Leaving Certificate Examination, 1915
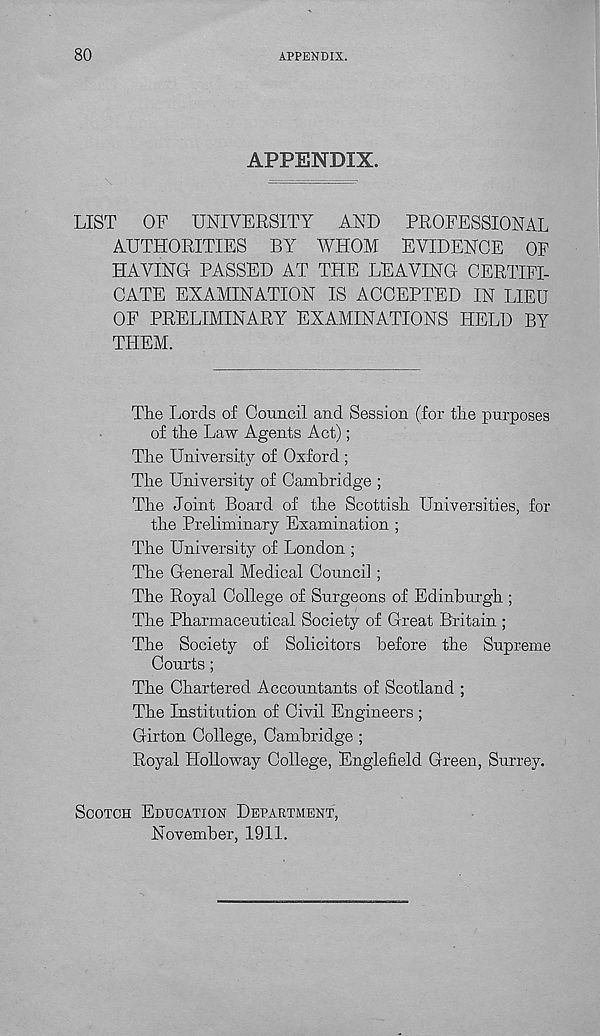
80
APPENDIX.
APPENDIX.
LIST
OF UNIVERSITY
AND
PROFESSIONAL
AUTHORITIES BY WHOM EVIDENCE OF
HAVING PASSED AT THE LEAVING CERTIFI-
CATE EXAMINATION IS ACCEPTED IN LIEU
OF PRELIMINARY EXAMINATIONS HELD BY
THEM.
The Lords of Council and Session (for the purposes
of the Law Agents Act);
The University of Oxford ;
The University of Cambridge ;
The Joint Board of the Scottish Universities, for
the Preliminary Examination ;
The University of London ;
The General Medical Council ;
The Royal College of Surgeons of Edinburgh ;
The Pharmaceutical Society of Great Britain ;
The Society of Solicitors before the Supreme
Courts;
The Chartered Accountants of Scotland ;
The Institution of Civil Engineers ;
Girton College, Cambridge ;
Royal Flolloway College, Englefield Green, Surrey.
Scotch Education Department,
November, 1911.